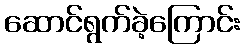
ဆောင်ရွက်ခဲ့ကြောင်း